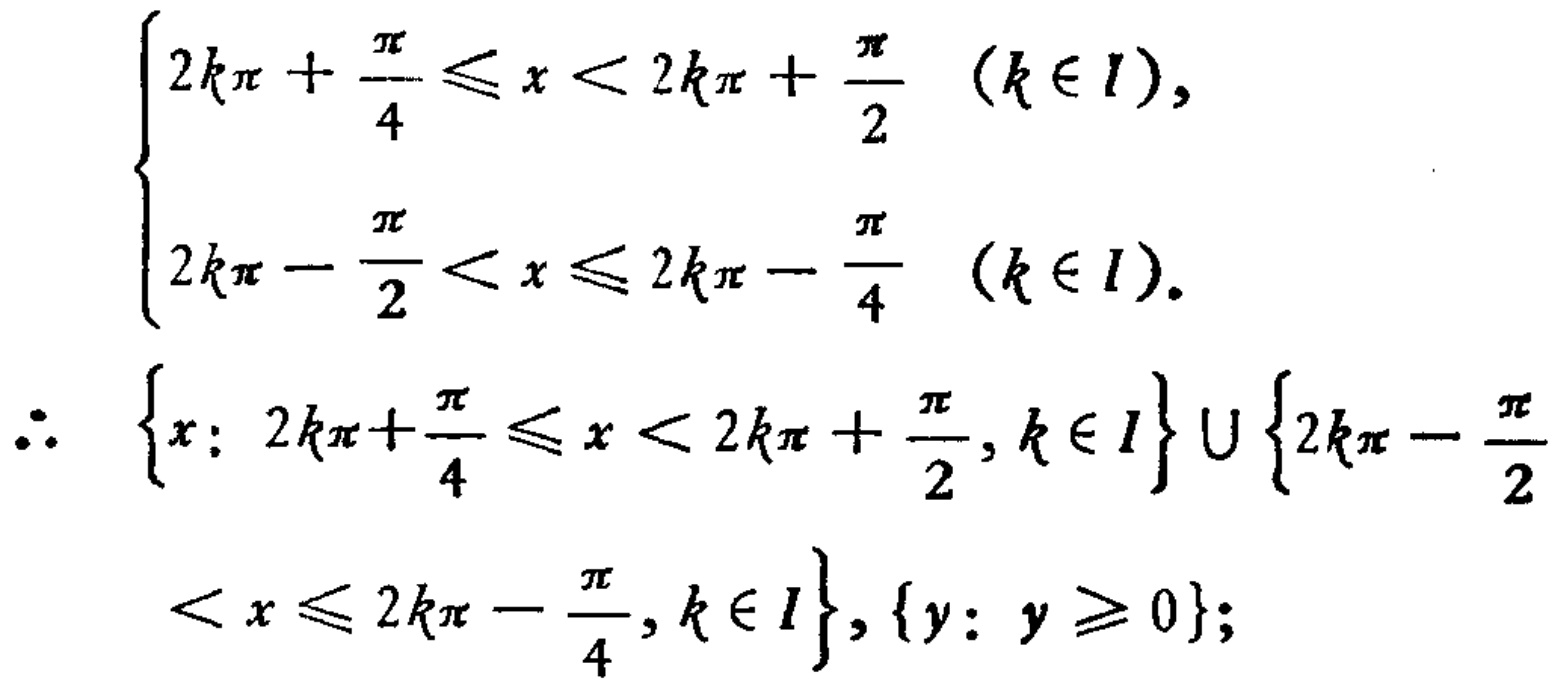
\[

\begin{cases}

2k\pi+\frac{\pi}{4}\leq x<2k\pi+\frac{\pi}{2}&(k\in I),\\

2k\pi - \frac{\pi}{2}<x\leq 2k\pi-\frac{\pi}{4}&(k\in I).

\end{cases}

\]

\[

\therefore \left\{x: 2k\pi+\frac{\pi}{4}\leq x<2k\pi+\frac{\pi}{2},k\in I\right\}\cup\left\{2k\pi - \frac{\pi}{2}<x\leq 2k\pi-\frac{\pi}{4},k\in I\right\},\{y: y\geq 0\};

\]